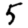
Digit: 5